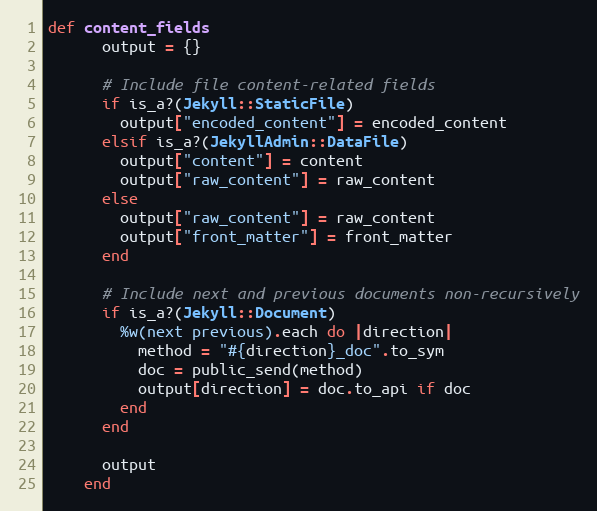
Language: Ruby
def content_fields
      output = {}

      # Include file content-related fields
      if is_a?(Jekyll::StaticFile)
        output["encoded_content"] = encoded_content
      elsif is_a?(JekyllAdmin::DataFile)
        output["content"] = content
        output["raw_content"] = raw_content
      else
        output["raw_content"] = raw_content
        output["front_matter"] = front_matter
      end

      # Include next and previous documents non-recursively
      if is_a?(Jekyll::Document)
        %w(next previous).each do |direction|
          method = "#{direction}_doc".to_sym
          doc = public_send(method)
          output[direction] = doc.to_api if doc
        end
      end

      output
    end